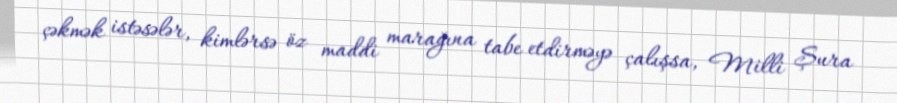
çəkmək istəsələr, kimlərsə öz maddi marağına tabe etdirməyə çalışsa, Milli Şura